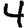
Digit: 4